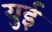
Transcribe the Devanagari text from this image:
युई